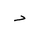
Letter: _dal